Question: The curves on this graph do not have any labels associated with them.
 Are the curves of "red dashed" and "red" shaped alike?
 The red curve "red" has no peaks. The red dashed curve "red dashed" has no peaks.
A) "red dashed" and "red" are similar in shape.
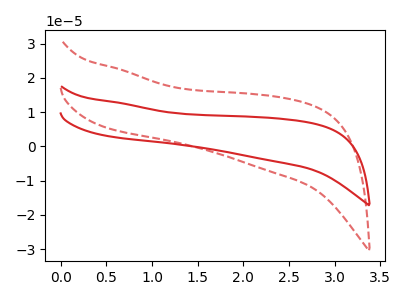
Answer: <think>Neither "red dashed" or "red" have any peaks.
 </think>
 <answer>A) "red dashed" and "red" are similar in shape.</answer>
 <eval>A</eval>